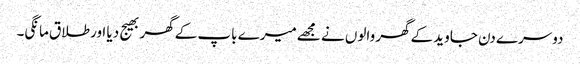
دوسرے دن جاوید کےگھر والوں نے مجھےمیرے باپ کےگھر بھیج دیا اورطلاق مانگی۔